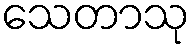
သေတာသု